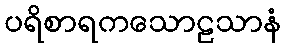
ပရိစာရကသောဠသာနံ